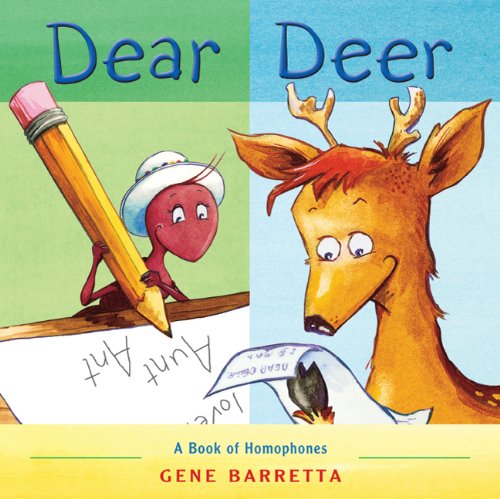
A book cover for Dear Deer: A Book of Homophones; Gene Barretta; Children's Books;